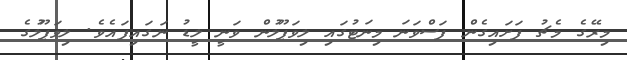
މިރޭގެ މެޗު ފަށައިގެން ފަސްވަނަ މިނަޓުގައި ލިވަޕޫލުން ވަނީ ލީޑު ނަގައިފައެވެ. ލިވަޕޫލުގެ